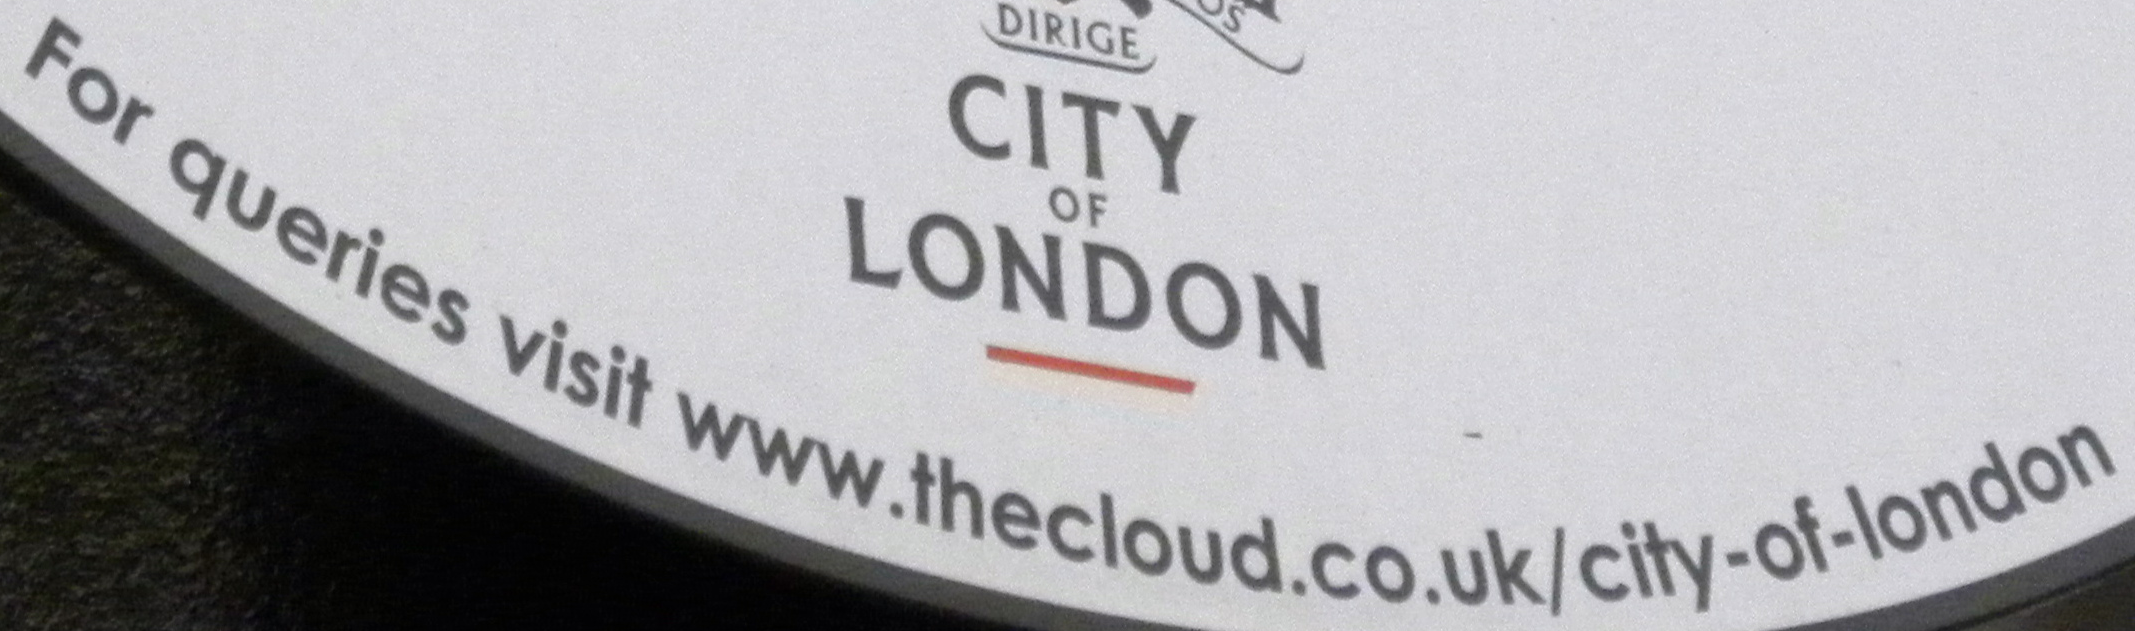
For queries visit www.thecloud.co.uk/city-of-london